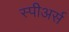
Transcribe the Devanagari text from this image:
स्पीअर्स